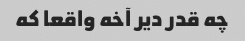
چه قدر دیر آخه واقعا که